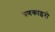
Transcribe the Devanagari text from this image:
त्रणकाइरो